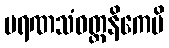
မရဏသံဝတ္တနိကေပိ